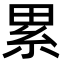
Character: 累